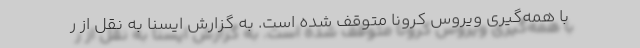
با همه‌گیری ویروس کرونا متوقف شده است. به گزارش ایسنا به نقل از ر